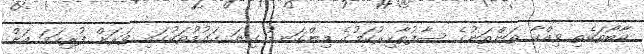
ކާބޯތަކެތި ވިއްކާ ތަންތަނުގެ ސާފުތާހިރުކަމުގެ މިންގަނޑު ގިނަ ގައުމުތަކުގައި ވަރަށް ފުރިހަމަ އަށް